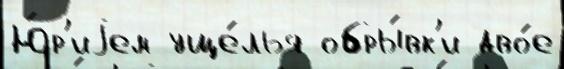
Ю́р'иjем уще́лья обры́вк'и дво́е